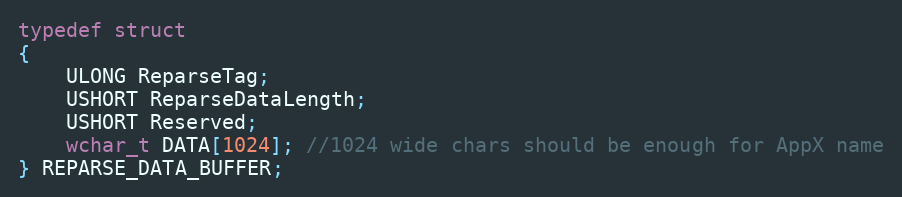
Language: C
typedef struct
{
	ULONG ReparseTag;
	USHORT ReparseDataLength;
	USHORT Reserved;
	wchar_t DATA[1024]; //1024 wide chars should be enough for AppX name
} REPARSE_DATA_BUFFER;